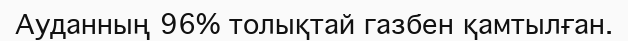
Ауданның 96% толықтай газбен қамтылған.